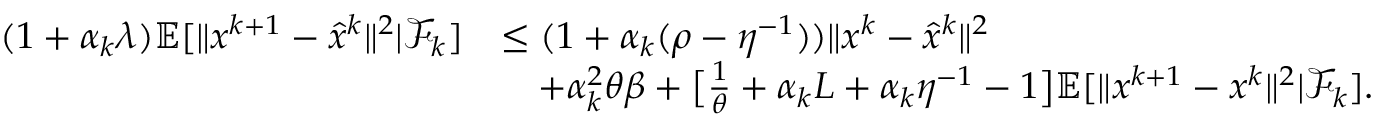
\begin{array} { r l } { ( 1 + \alpha _ { k } \lambda ) \mathbb { E } [ \| x ^ { k + 1 } - \hat { x } ^ { k } \| ^ { 2 } \vert \mathcal { F } _ { k } ] } & { \leq ( 1 + \alpha _ { k } ( \rho - \eta ^ { - 1 } ) ) \| x ^ { k } - \hat { x } ^ { k } \| ^ { 2 } } \\ & { \quad + \alpha _ { k } ^ { 2 } \theta \beta + \big [ \frac { 1 } { \theta } + \alpha _ { k } L + \alpha _ { k } \eta ^ { - 1 } - 1 \big ] \mathbb { E } [ \| x ^ { k + 1 } - x ^ { k } \| ^ { 2 } \vert \mathcal { F } _ { k } ] . } \end{array}